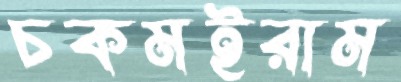
চকমইরাম